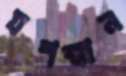
যশস্বান